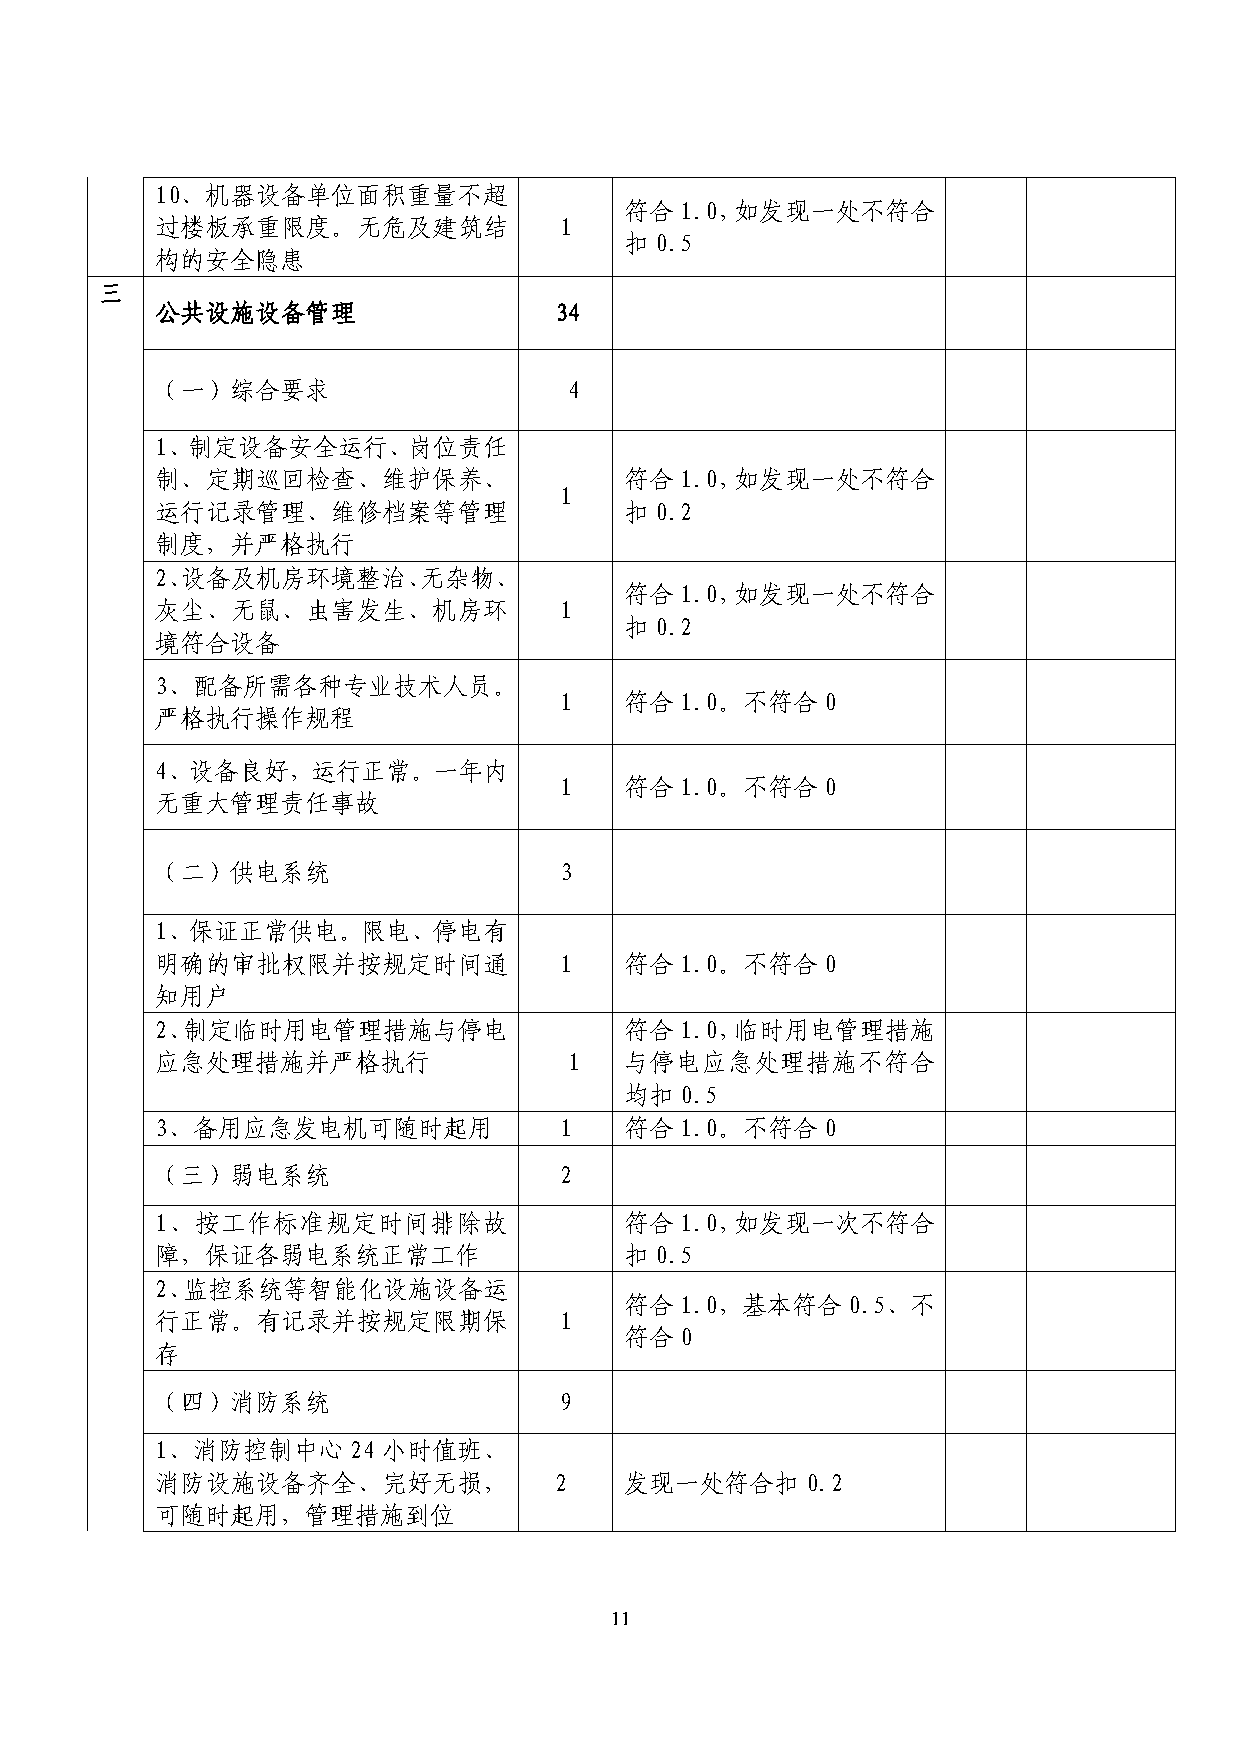
10、机器设备单位面积重量不超
 符合1.0，如发现一处不符合
 过楼板承重限度。无危及建筑结             1
 扣0.5
 构的安全隐患
 三
 公共设施设备管理                   34
 （一）综合要求                     4
 1、制定设备安全运行、岗位责任
 制、定期巡回检查、维护保养、                 符合1.0，如发现一处不符合
 1
 运行记录管理、维修档案等管理                 扣0.2
 制度，并严格执行
 2、设备及机房环境整治、无杂物、
 符合1.0，如发现一处不符合
 灰尘、无鼠、虫害发生、机房环             1
 扣0.2
 境符合设备
 3、配备所需各种专业技术人员。
 1   符合1.0。不符合0
 严格执行操作规程
 4、设备良好，运行正常。一年内
 1   符合1.0。不符合0
 无重大管理责任事故
 （二）供电系统                    3
 1、保证正常供电。限电、停电有
 明确的审批权限并按规定时间通             1   符合1.0。不符合0
 知用户
 2、制定临时用电管理措施与停电                符合1.0，临时用电管理措施
 应急处理措施并严格执行                 1  与停电应急处理措施不符合
 均扣0.5
 3、备用应急发电机可随时起用             1   符合1.0。不符合0
 （三）弱电系统                    2
 1、按工作标准规定时间排除故                 符合1.0，如发现一次不符合
 障，保证各弱电系统正常工作                  扣0.5
 2、监控系统等智能化设施设备运
 符合1.0，基本符合0.5、不
 行正常。有记录并按规定限期保             1
 符合0
 存
 （四）消防系统                    9
 1、消防控制中心     24 小时值班、
 消防设施设备齐全、完好无损，             2   发现一处符合扣0.2
 可随时起用，管理措施到位
 11